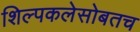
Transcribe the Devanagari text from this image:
शिल्पकलेसोबतच